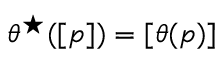
{ \theta ^ { \star } ( [ p ] ) = [ \theta ( p ) ] }